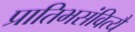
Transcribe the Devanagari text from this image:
प्रातिभसंवित्यै